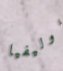
اوليفيا